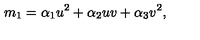
m _ { 1 } = \alpha _ { 1 } u ^ { 2 } + \alpha _ { 2 } u v + \alpha _ { 3 } v ^ { 2 } ,